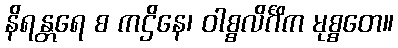
နိရန္တရေ စ ကဌိနေ၊ ဝါစ္စလိင်္ဂိက မုစ္စတေ။